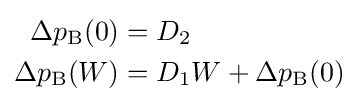
{\begin{aligned}\Delta p_{\text{B}}(0)&=D_{2}\\\Delta p_{\text{B}}(W)&=D_{1}W+\Delta p_{\text{B}}(0)\end{aligned}}